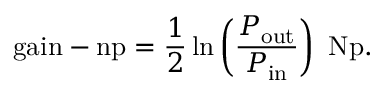
{ \mathrm { g a i n - n p } } = { \frac { 1 } { 2 } } \ln \left( { \frac { P _ { \mathrm { o u t } } } { P _ { \mathrm { i n } } } } \right) ~ { \mathrm { N p } } .